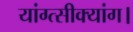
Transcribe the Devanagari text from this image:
यांग्त्सीक्यांग।